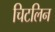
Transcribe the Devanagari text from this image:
चिटलिन